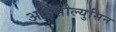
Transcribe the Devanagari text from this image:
आइसौल्युसिन